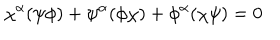
LaTeX: \chi ^ { \alpha } ( \psi \phi ) + \psi ^ { \alpha } ( \phi \chi ) + \phi ^ { \alpha } ( \chi \psi ) = 0